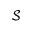
\mathcal { S }